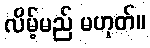
လိမ့်မည် မဟုတ်။